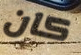
كان